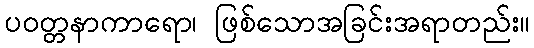
ပဝတ္တနာကာရော၊ ဖြစ်သောအခြင်းအရာတည်း။